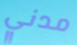
مدني